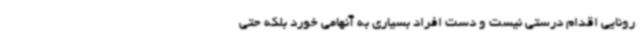
رونایی اقدام درستی نیست و دست افراد بسیاری به آنهامی خورد بلکه حتی